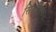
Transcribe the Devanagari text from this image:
सिस्टीसंकल